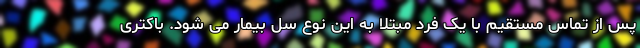
پس از تماس مستقیم با یک فرد مبتلا به این نوع سل بیمار می شود. باکتری